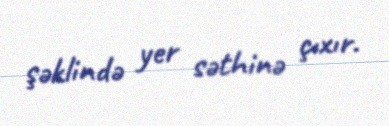
şəklində yer səthinə çıxır.